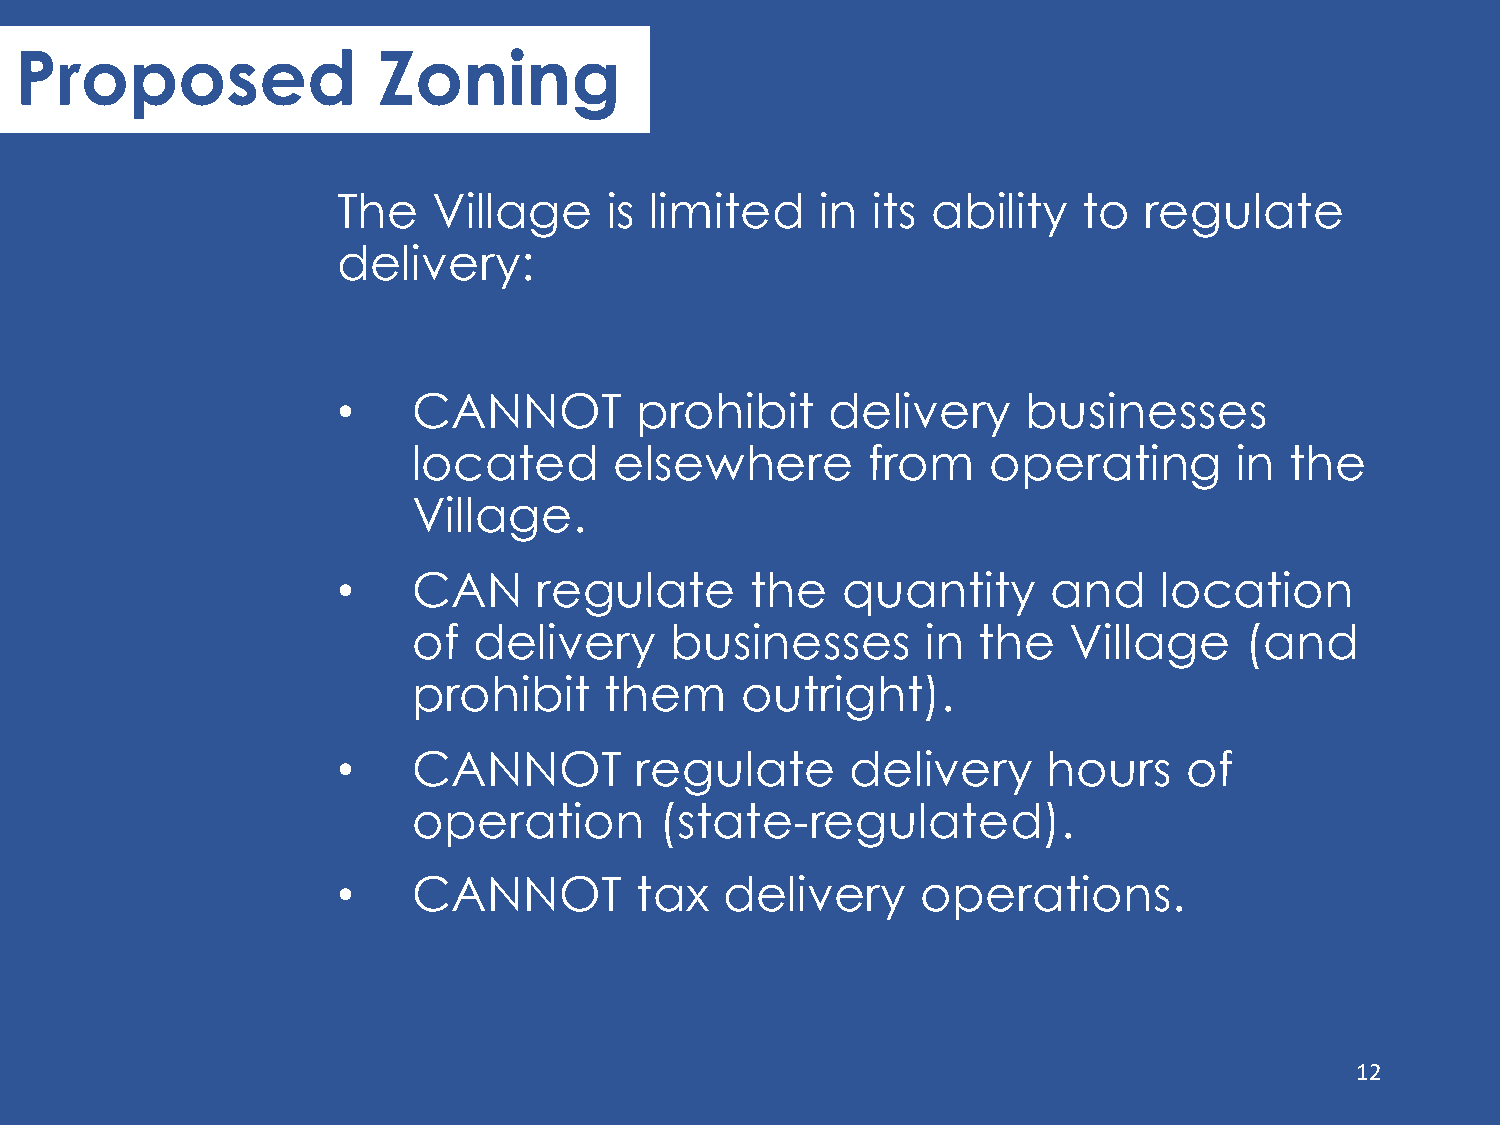
DPreolpivoesreyd        Zoning
 The    Village    is limited    in  its ability   to  regulate
 delivery:
 •    CANNOT         prohibit     delivery     businesses
 located       elsewhere       from     operating       in the
 Village.
 •    CAN      regulate      the   quantity      and    location
 of  delivery     businesses       in  the   Village    (and
 prohibit     them     outright).
 •    CANNOT         regulate      delivery     hours     of
 operation        (state-regulated).
 •    CANNOT         tax   delivery     operations.
 12